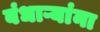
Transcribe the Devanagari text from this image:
बंधाऱ्यांना